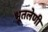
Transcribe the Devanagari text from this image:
भूतलेणी